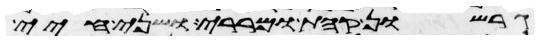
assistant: גרשון קהת ומררי ושני חיי